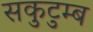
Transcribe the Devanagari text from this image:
सकुटुम्ब